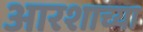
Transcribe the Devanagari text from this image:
आरशाच्या